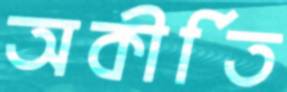
অকীর্তি